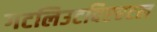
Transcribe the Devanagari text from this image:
गटलिउटविएरटल